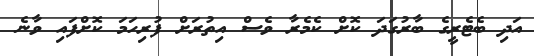
އަދި ބެޓެރީގެ ބާރުގަދަ ކޮށް ކެމެރާ ވެސް އިތުރަށް ފުރިހަމަ ކޮށްފައި ވާނެ